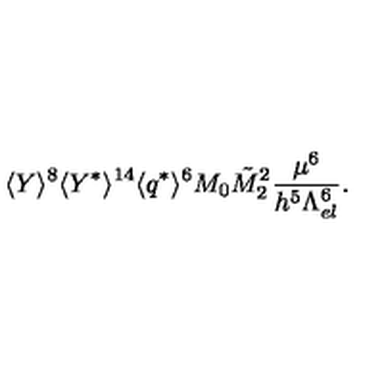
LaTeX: \langle Y \rangle ^ { 8 } \langle Y ^ { * } \rangle ^ { 1 4 } \langle q ^ { * } \rangle ^ { 6 } M _ { 0 } \tilde { M } _ { 2 } ^ { 2 } \frac { \mu ^ { 6 } } { h ^ { 5 } \Lambda _ { e l } ^ { 6 } } .